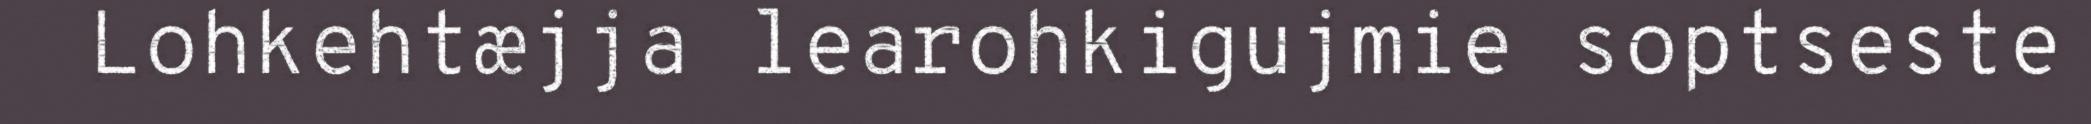
Lohkehtæjja learohkigujmie soptseste